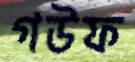
গউফ